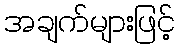
အချက်များဖြင့်